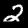
Label: 2